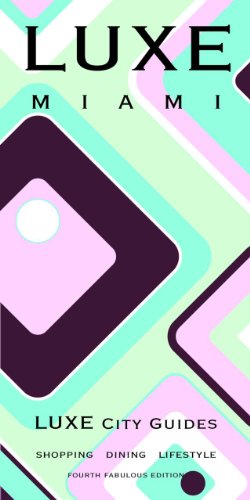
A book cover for LUXE Miami (LUXE City Guides); LUXE City Guides; Travel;